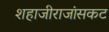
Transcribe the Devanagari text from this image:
शहाजीराजांसकट